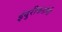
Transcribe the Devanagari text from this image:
इंदुरीकरांनी